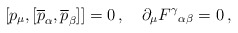
\begin{align*}[p_{\mu}, [\overline{p}_{\alpha}, \overline{p}_{\beta}]]=0\,,\quad\partial_{\mu}F^{\gamma}{}_{\alpha\beta}=0\,,\end{align*}